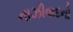
નાઝીવાદનો